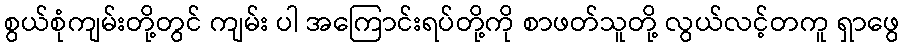
စွယ်စုံကျမ်းတို့တွင် ကျမ်း ပါ အကြောင်းရပ်တို့ကို စာဖတ်သူတို့ လွယ်လင့်တကူ ရှာဖွေ